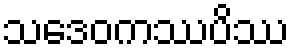
သဒေဝကဿပိဿ